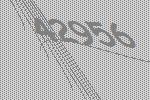
42956